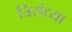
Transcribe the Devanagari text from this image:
त्रिसंध्या